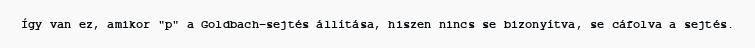
Így van ez, amikor "p" a Goldbach-sejtés állítása, hiszen nincs se bizonyítva, se cáfolva a sejtés.